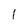
Character: 1